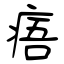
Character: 痦